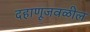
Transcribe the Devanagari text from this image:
दहाणूजवळील